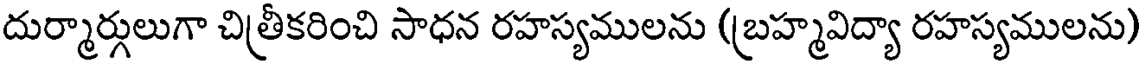
దుర్మార్గులుగా చిత్రీకరించి సాధన రహస్యములను (బ్రహ్మవిద్యా రహస్యములను)